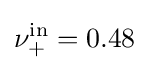
\nu _{+}^{\mathrm {in} }=0.48